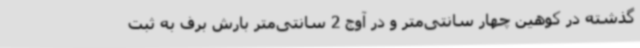
گذشته در کوهین چهار سانتی‌متر و در آوج 2 سانتی‌متر بارش برف به ثبت